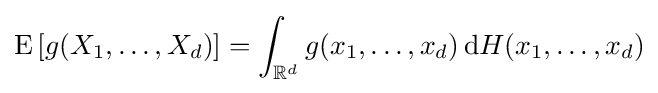
\operatorname {E} \left[g(X_{1},\dots ,X_{d})\right]=\int _{\mathbb {R} ^{d}}g(x_{1},\dots ,x_{d})\,\mathrm {d} H(x_{1},\dots ,x_{d})